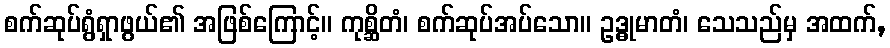
စက်ဆုပ်ရွံရှာဖွယ်၏ အဖြစ်ကြောင့်။ ကုစ္ဆိတံ၊ စက်ဆုပ်အပ်သော။ ဥဒ္ဓုမာတံ၊ သေသည်မှ အထက်,